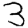
Digit: 3